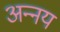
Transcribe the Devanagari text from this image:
अन्‍नय